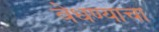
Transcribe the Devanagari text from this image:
वेधण्याचा